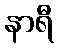
နာရီ